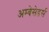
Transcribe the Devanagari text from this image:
अम्बेसेडर्स